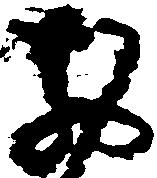
お